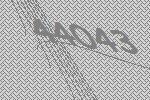
44043